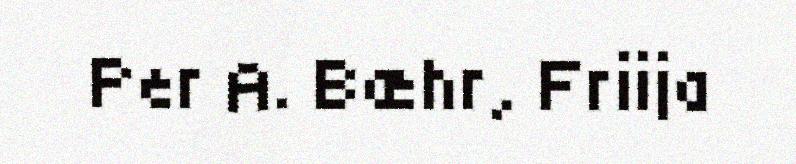
Per A. Bæhr, Friija